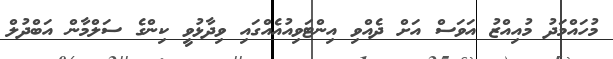
މުހައްމަދު މުއިއްޒު އަވަސް އަށް ދެއްވި އިންޓަވިއުއެއްގައި ވިދާޅުވީ ކިންގެ ސަލްމާން އަބްދުލް